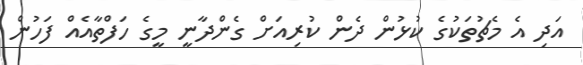
އަދި އެ މެޗުތަކުގެ ކުޅުން ދެން ކުރިއަށް ގެންދާނީ މީގެ ހަފްތާއެއް ފަހުން